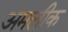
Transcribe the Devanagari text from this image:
अमलीक